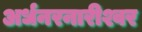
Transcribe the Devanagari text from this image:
अर्धनरनारीश्वर